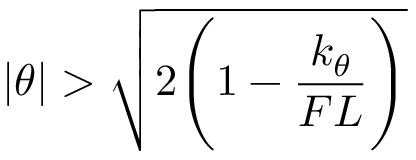
| \theta | > { \sqrt { 2 { \Bigg ( } 1 - { \frac { k _ { \theta } } { F L } } { \Bigg ) } } }